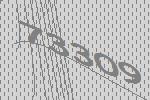
73309